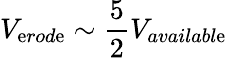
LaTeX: V_{\mathrm{e}rod\mathrm{e}}\sim\frac{{5}}{{2}}V_{availabl\mathrm{e}}